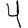
Digit: 4